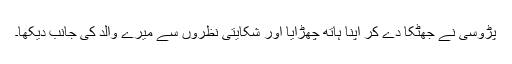
پڑوسی نے جھٹکا دے کر اپنا ہاتھ چھڑایا اور شکایتی نظروں سے میرے والد کی جانب دیکھا۔